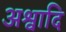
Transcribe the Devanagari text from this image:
अश्वादि